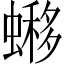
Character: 𧐹